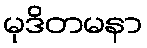
မုဒိတမနာ